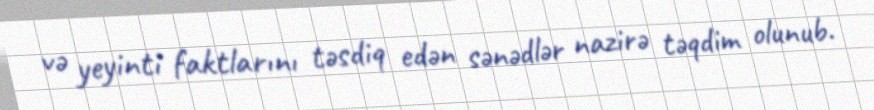
və yeyinti faktlarını təsdiq edən sənədlər nazirə təqdim olunub.